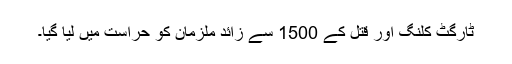
ٹارگٹ کلنگ اور قتل کے 1500 سے زائد ملزمان کو حراست میں لیا گیا۔